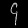
Digit: ၄